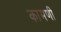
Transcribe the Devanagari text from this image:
कामणी